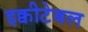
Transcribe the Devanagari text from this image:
इक्वीटेबल